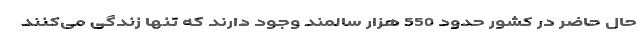
حال حاضر در کشور حدود 550 هزار سالمند وجود دارند که تنها زندگی می‌کنند